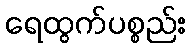
ရေထွက်ပစ္စည်း